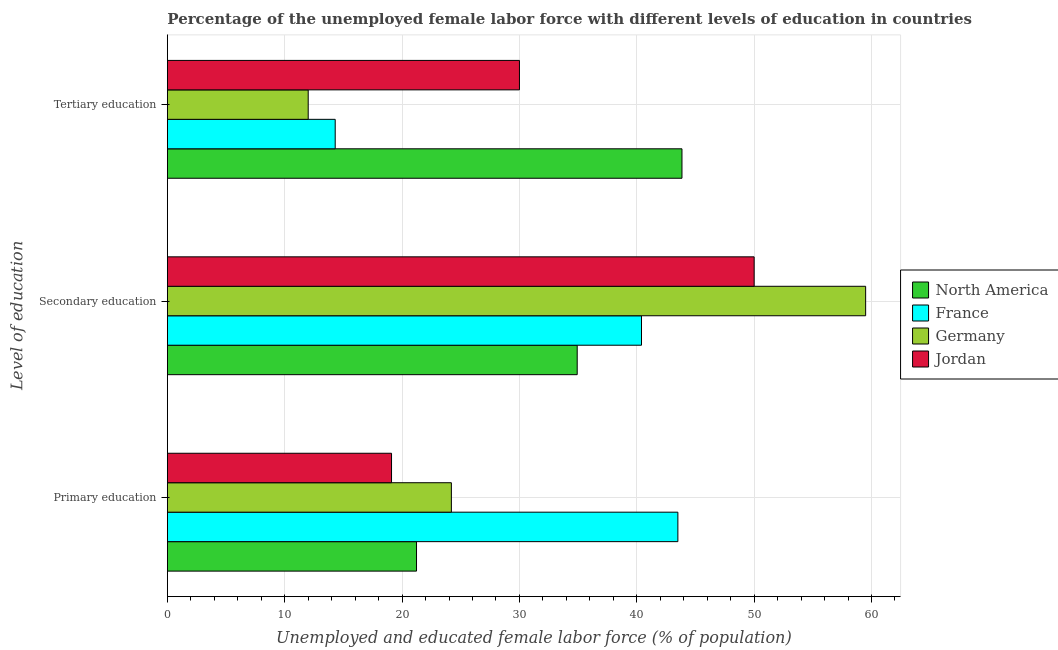
| Level of education | North America | France | Germany | Jordan |
 | --- | --- | --- | --- | --- |
 | Primary education | 21.2 | 43.5 | 24.2 | 19.1 |
 | Secondary education | 34.9 | 40.4 | 59.5 | 50 |
 | Tertiary education | 43.8 | 14.3 | 12 | 30 |